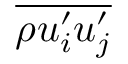
\overline { { \rho u _ { i } ^ { \prime } u _ { j } ^ { \prime } } }